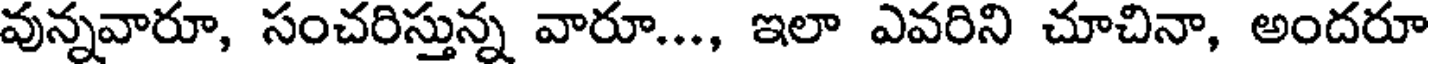
వున్నవారూ, సంచరిస్తున్న వారూ..., ఇలా ఎవరిని చూచినా, అందరూ